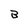
Character: B